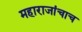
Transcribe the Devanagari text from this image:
महाराजांचाच